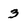
Character: 3